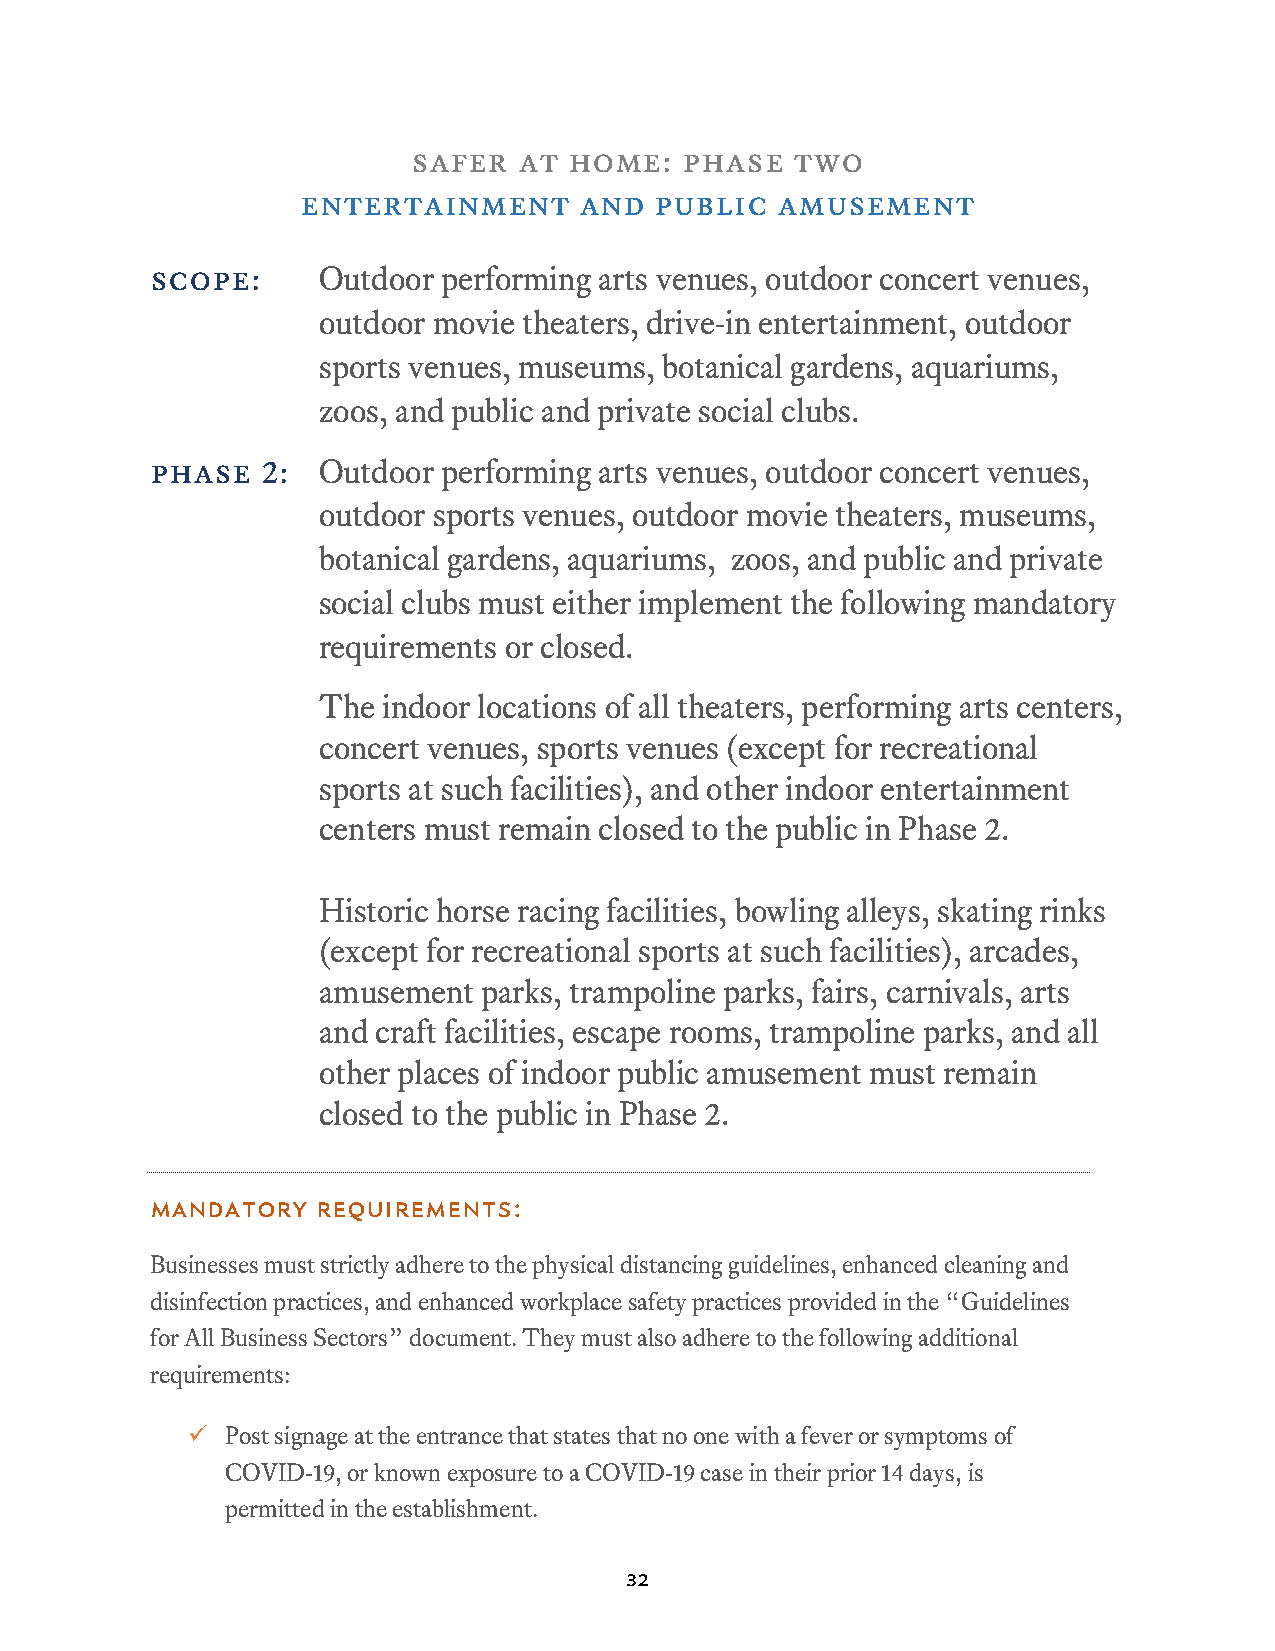
safer  at  home:  phase   two
 entertainment     and  public  amusement
 scope:     Outdoor performing arts venues, outdoor concert venues,
 outdoor movie theaters, drive-in entertainment, outdoor
 sports venues, museums, botanical gardens, aquariums,
 zoos, and public and private social clubs.
 phase  2:  Outdoor performing arts venues, outdoor concert venues,
 outdoor sports venues, outdoor movie theaters, museums,
 botanical gardens, aquariums, zoos, and public and private
 social clubs must either implement the following mandatory
 requirements or closed.
 The indoor locations of all theaters, performing arts centers,
 concert venues, sports venues (except for recreational
 sports at such facilities), and other indoor entertainment
 centers must remain closed to the public in Phase 2.
 Historic horse racing facilities, bowling alleys, skating rinks
 (except for recreational sports at such facilities), arcades,
 amusement  parks, trampoline parks, fairs, carnivals, arts
 and craft facilities, escape rooms, trampoline parks, and all
 other places of indoor public amusement must remain
 closed to the public in Phase 2.
 Mandatory  Requirements:
 Businesses must strictly adhere to the physical distancing guidelines, enhanced cleaning and
 disinfection practices, and enhanced workplace safety practices provided in the “Guidelines
 for All Business Sectors” document. They must also adhere to the following additional
 requirements:
   Post signage at the entrance that states that no one with a fever or symptoms of
 COVID-19, or known exposure to a COVID-19 case in their prior 14 days, is
 permitted in the establishment.
 32